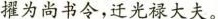
擢为尚书令，迁光禄大夫。